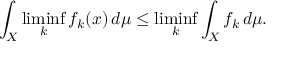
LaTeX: \int _ { X } \operatorname* { l i m i n f } _ { k } f _ { k } ( x ) \, d \mu \leq \operatorname* { l i m i n f } _ { k } \int _ { X } f _ { k } \, d \mu .